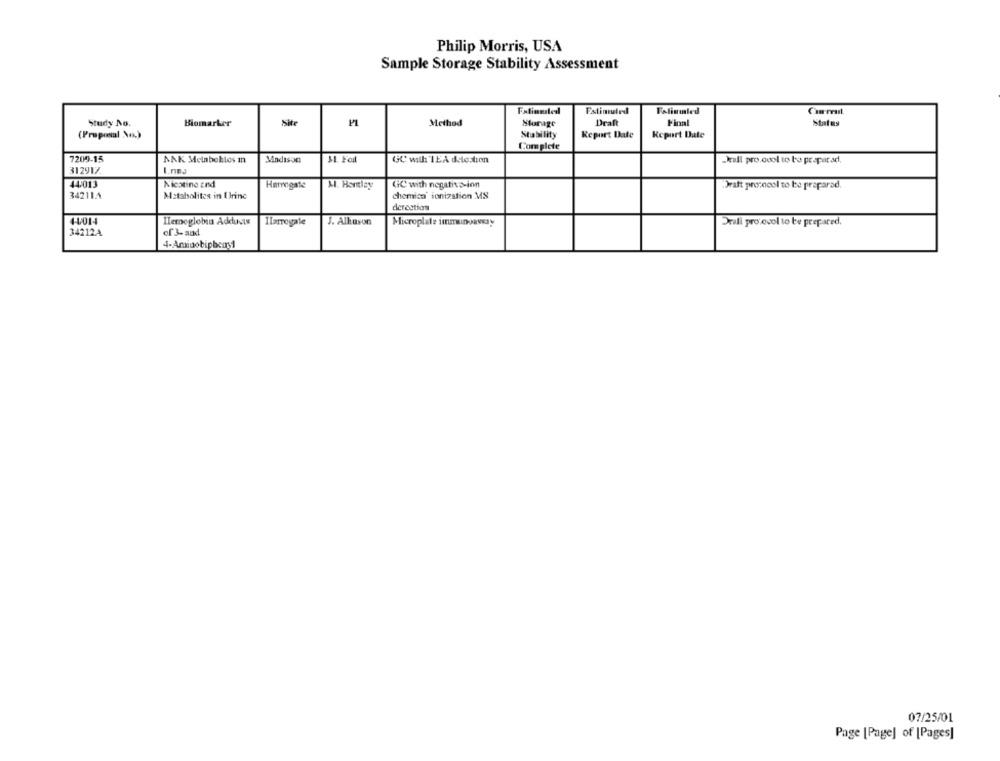
Philip Morris, USA
Sample Storage Stability Assessment
Estimated
Folinled
Study No.
Biomarker
Method
Storage
Draft
Final
Status
(Proposal No.)
Stability
Report Date
Report Date
Complete
7209-15
ANK Metaboktos in
Madison
M1 Foul
GC with TEA detection
Jeall pro oool to be praparad.
312917.
Nicotine and
44/013
Harrogate
M. Bentley
GC with negativo-ion
"Draft protocol to be prepared.
342114
Metabolites in Urine
chemica ionization MS
derection
4-4/01-
Hemoglobin Addusts
Ilarrogale
Microplate immungavery
J. Alkuson
Drali protocol to be prepared.
34212A
of 3-and
4-Aminobipboord
07/25/01
Page [Page] of [Pages]